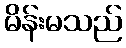
မိန်းမသည်